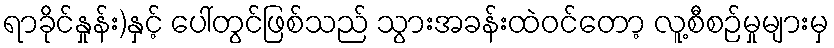
ရာခိုင်နှုန်း)နှင့် ပေါ်တွင်ဖြစ်သည် သွားအခန်းထဲဝင်တော့ လူ့စီစဉ်မှုများမှ